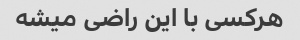
هرکسی با این راضی میشه